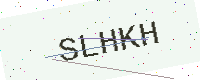
Text: SLHKH